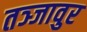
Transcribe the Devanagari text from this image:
तञ्जावुर